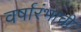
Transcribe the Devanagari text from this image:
वर्षारंभाची